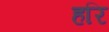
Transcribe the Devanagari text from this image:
हरि